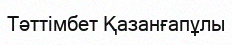
Тәттімбет Қазанғапұлы